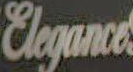
Elegance